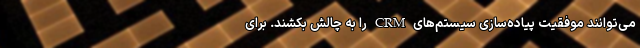
می‌توانند موفقیت پیاده‌­سازی سیستم‌های CRM را به چالش بکشند. برای